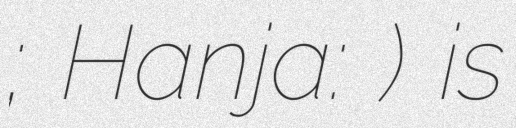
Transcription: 경교장; Hanja: 京橋莊) is